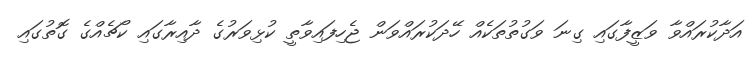
އަދާކުރައްވާ ވަޒީފާގައި ގިނަ ވަގުތުތަކެއް ހޭދަކުރައްވަން ޖެހިފައިވާތީ ކުޅިވަރުގެ ދާއިރާގައި ކޯޗެއްގެ ގޮތުގައި